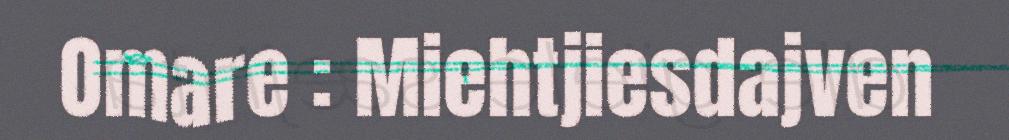
Omare : Miehtjiesdajven